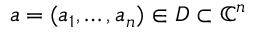
a = ( a _ { 1 } , \dots , a _ { n } ) \in D \subset \mathbb { C } ^ { n }